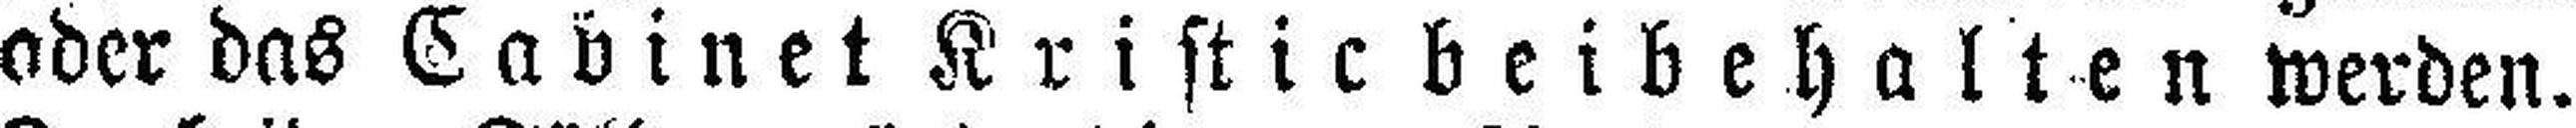
oder das Cabinet Kristic bei behalten werden.